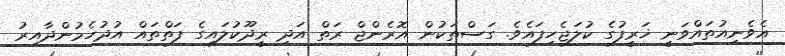
އެވެނިއުތައްވަނީ ޚަރީފުގެ ކުލަޖެހިފައެވެ. ގަސްތަކުން އޮރެންޖް ރަތް އަދި ރީދޫކުލައިގެ ފަތްތައް އުދުހެމުންދާއިރު